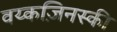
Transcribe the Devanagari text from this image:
वय्कज़िनस्की